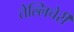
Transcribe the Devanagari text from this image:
तेल्लिचेर्री